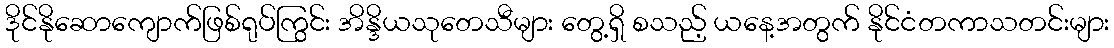
ဒိုင်နိုဆောကျောက်ဖြစ်ရုပ်ကြွင်း အိန္ဒိယသုတေသီများ တွေ့ရှိ စသည့် ယနေ့အတွက် နိုင်ငံတကာသတင်းများ